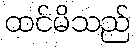
ထင်မိသည်